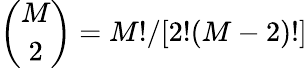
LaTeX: \binom{M}{2}=M!/[2!(M-2)!]